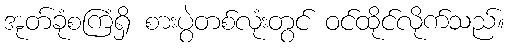
အုတ်ခုံစကြံရှိ စားပွဲတစ်လုံးတွင် ဝင်ထိုင်လိုက်သည်။